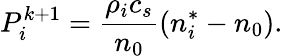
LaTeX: P_{i}^{k+1}=\frac{\rho_{i}c_{s}}{n_{0}}\left(n_{i}^{\ast}-n_{0}\right).